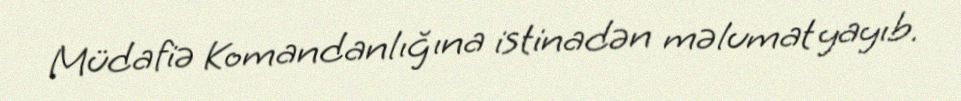
Müdafiə Komandanlığına istinadən məlumat yayıb.